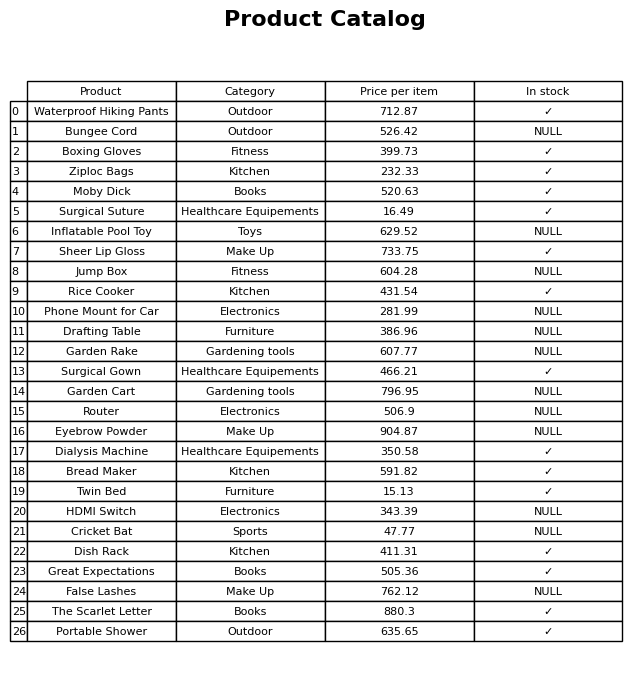
question: What is the price for Boxing Gloves?
answer: The price of Boxing Gloves is 399.73.